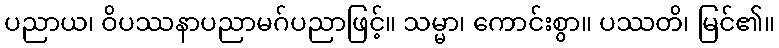
ပညာယ၊ ဝိပဿနာပညာမဂ်ပညာဖြင့်။ သမ္မာ၊ ကောင်းစွာ။ ပဿတိ၊ မြင်၏။